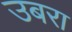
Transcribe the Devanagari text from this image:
उबरा